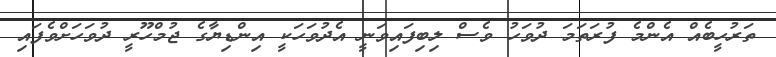
ތަރުހީބެއް އެންމެ ފުރަތަމަ ދުވަހު ވެސް ލިބިފައިވަނީ އެދުވަހަކީ އިންޑިޔާގެ ޖުމްހޫރީ ދުވަހަށްވެފައި